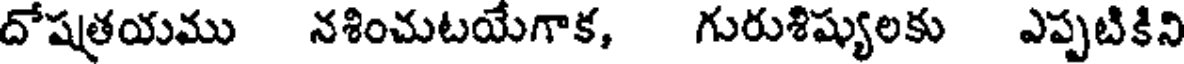
దోషత్రయము నశించుటయేగాక, గురుశిష్యులకు ఎప్పటికిని